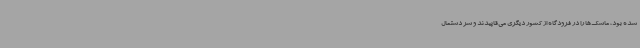
شده بود، ماسک‌ها را در فرودگاه‌ از کشور دیگری می‌قاپیدند و سر دستمال